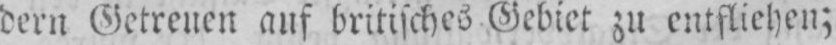
dern Getreuen auf britisches Gebiet zu entfliehen;